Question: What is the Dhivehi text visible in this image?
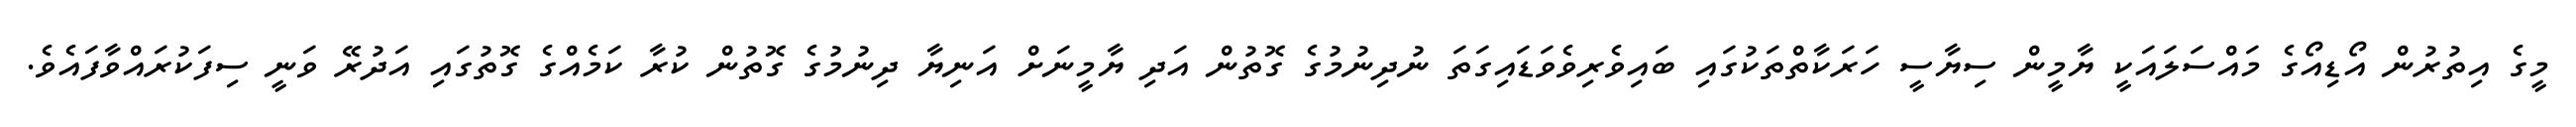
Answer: މީގެ އިތުރުން އޯޑިއޯގެ މައްސަލައަކީ ޔާމީން ސިޔާސީ ހަރަކާތްތަކުގައި ބައިވެރިވެވަޑައިގަތަ ނުދިނުމުގެ ގޮތުން އަދި ޔާމީނަށް އަނިޔާ ދިނުމުގެ ގޮތުން ކުރާ ކަމެއްގެ ގޮތުގައި އަދުރޭ ވަނީ ސިފަކުރައްވާފައެވެ.